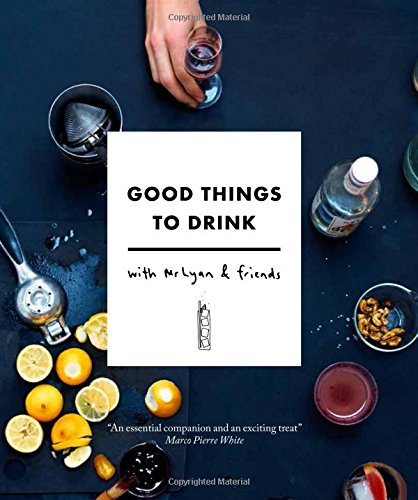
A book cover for Good Things to Drink with Mr Lyan and Friends; Ryan Chetiyawardana; Cookbooks, Food & Wine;